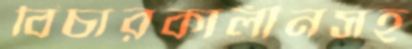
বিচারকালীনসহ